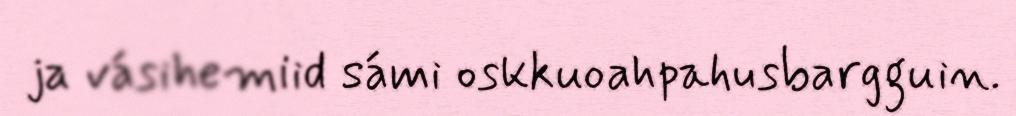
ja vásihemiid sámi oskkuoahpahusbargguin.